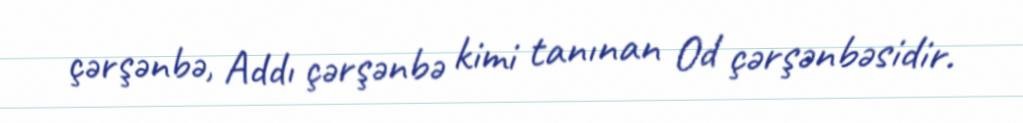
çərşənbə, Addı çərşənbə kimi tanınan Od çərşənbəsidir.